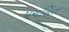
પચલિત